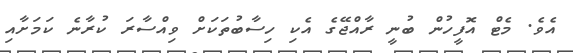
އެވެ. މެޓް އޮފީހުން ބުނީ ރާއްޖޭގެ އެކި ހިސާބުތަކަށް ވިއްސާރަ ކުރާނެ ކަމަށާއި